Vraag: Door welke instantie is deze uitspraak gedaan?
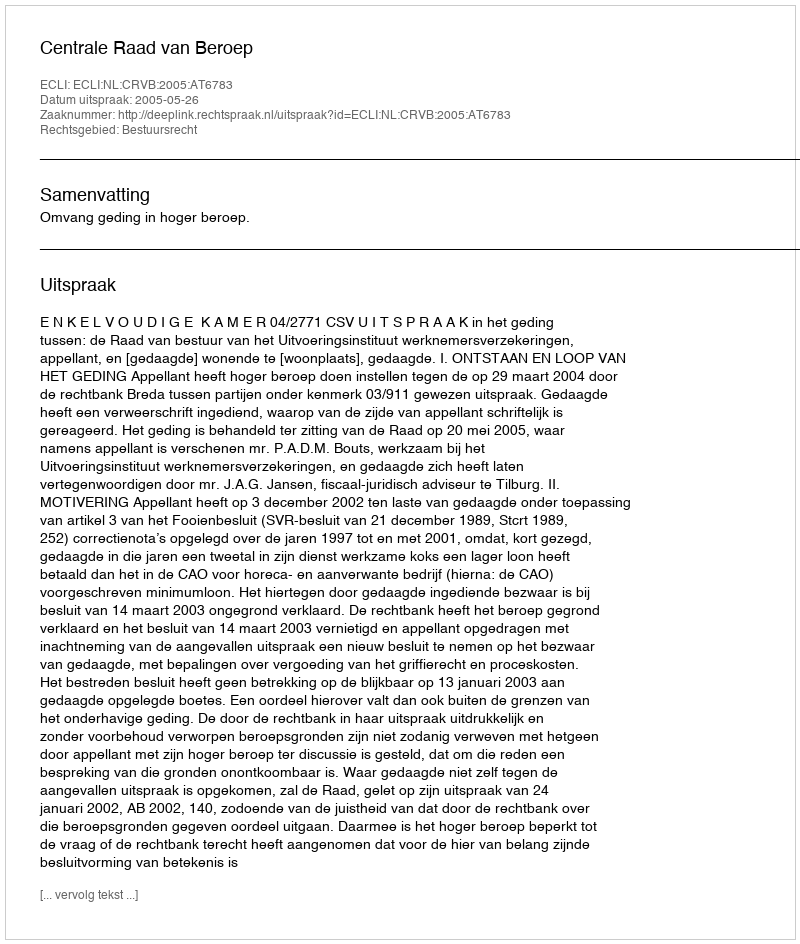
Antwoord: Centrale Raad van Beroep